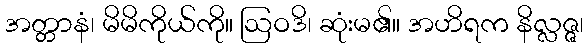
အတ္တာနံ၊ မိမိကိုယ်ကို။ ဩဝဒိ၊ ဆုံးမ၏။ အဟိရက နိလ္လဇ္ဇ၊